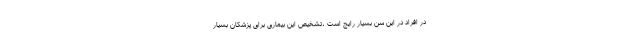
در افراد در این سن بسیار رایج است ،تشخیص این بیماری برای پزشکان بسیار